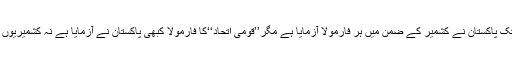
آج تک پاکستان نے کشمیر کے ضمن میں ہر فارمولا آزمایا ہے مگر’’قومی اتحاد‘‘کا فارمولا کبھی پاکستان نے آزمایا ہے نہ کشمیریوں نے۔